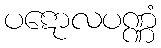
ပဋောလပဏ္ဏံ